Civil Veterinary Department. United Provinces 1923-31 - 1923-1931
Year: 1923
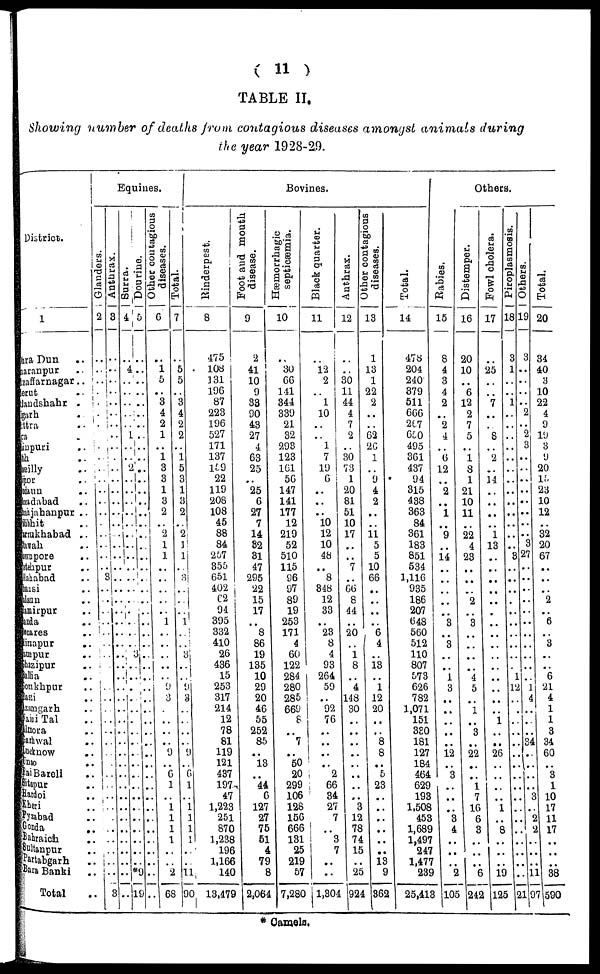
( 11 )
TABLE II.
Showing number of deaths from contagious diseases amongst animals
during
the year 1928-2,9.
District.
1
Dehra Dun ..
Saharanpur ..
Muzaffarnagar ..
Meerut .. ..
Bulandshahr ..
Aligarh ..
Muttra ..
Agra .. ..
Mainpuri ..
Etah ..
Bareilly ..
Bijnor ..
Budaun ..
Moradabad ..
Shahjahanpur ..
Pilibhit ..
Farrukhabad ..
Etawah ..
Cawnpore ..
Fatehpur ..
Allahabad ..
Jhansi ..
Jalaun ..
Hamirpur ..
Banda ..
Benares
Mirzapur ..
Jaunpur ...
Ghazipur ..
allia ..
Gorakhpur ..
Basti ..
Azamgarh ..
Naini Tal ..
Almora ..
Garhwal ..
Lucknow ..
Unao ..
Rae Bareli ..
Sitapur ..
Hardoi ..
Kheri ..
Fyzabad ..
Gonda ..
Bahraich ..
Sultanpur ..
Partabgarh ..
Bara Banki ..
Total ..
Equines.
Glanders.
2
..
..
..
..
..
..
..
..
..
..
..
..
..
..
..
..
..
..
..
..
..
..
..
..
..
..
..
.. ..
..
..
..
..
..
..
..
..
..
..
..
..
..
..
..
..
..
..
..
..
Anthrax.
3
..
..
..
..
..
..
..
..
..
..
..
..
..
..
..
..
..
..
..
.. 3
..
..
..
..
..
..
..
..
..
..
..
..
..
..
..
..
..
..
..
..
..
..
..
..
..
..
..
3
Surra.
4
..
4
..
..
..
..
..
1
..
..
2
..
..
..
..
..
..
..
..
.. ..
..
..
..
..
..
..
..
..
..
..
..
..
..
..
..
..
..
..
..
..
..
..
..
..
..
..
..
..
Dourine.
5
..
..
..
..
..
..
..
..
..
..
..
..
..
..
..
..
..
..
..
..
..
..
..
..
..
..
..
3
..
..
..
..
..
..
..
..
..
..
..
..
..
..
..
..
..
..
..
*9
19
Other contagious
diseases.
6
..
1
5
.. 3
4
2
1
.. 1
3
3
1
3
2
..
2
1
1
.. ..
..
..
..
..
..
..
..
..
..
9
3
..
..
..
..
9
..
6
1
..
..
..
..
..
..
..
.. 2
.. 68
Total.
7
..
5
5
.. 3
4
2
2
..
1
5
3
1
3
2
..
2
1
1
..
3
..
..
..
1
..
..
3
..
..
9
3
..
..
..
..
9
..
6
1
..
1
1
1
1
..
..
11
90
Bovines.
Rinderpest.
8
475
108
3 31
196
87
223
196
527
171
137
159
22
119
208
108
45
88
84
257
355
651
402
62
94
395
332
410
26
436
15
253
317
214
12
78
81
119
121
437
197
47
1,223
251
870
1,238
196
1,166
140
13,479
Foot and mouth
disease.
9
2
41
10
9
33
90
43
27
4
63
25
..
25
6
27
7
14
82
31
47
295
22
15
17
..
8
86
19
135
10
29
20
46
55
252
85
..
13
..
44
6
127
27
75
51
4
79
8
2,064
Hæmorrhagic
septicæmia.
10
..
30
66
141
344
339
21
32
293
123
161
56
147
141
177
12
219
52
510
115
96
97
89
19
253
171
4
60
122
284
280
285
669
8
..
7
..
50
20
299
106
128
156
666
131
25
219
57
7,280
Black quarter.
11
..
12
2
.. 1
10
..
..
1
7
19
6
..
..
..
10
12
10
48
.. 8
348
12
33
..
23
8
4
93
264
59
.. 92
76
..
..
..
..
2
66
34
27
7
..
3
7
..
..
1,304
Anthrax.
12
..
..
30
11
44
4
7
2
..
30
73
1
20
81
51
10
17
..
..
7
..
66
8
44
..
20
..
1
8
..
4
148
30
..
..
..
..
..
..
..
..
3
12
78
74
15
..
25
924
Other contagious
diseases.
13
1
13
1
22
2
..
..
62
26
1
..
9
4
2
..
..
11
5
5
10
66
..
..
..
..
6
4
.. 13
..
1
12
20
..
..
8
8
.. 5
23
..
..
..
..
..
..
13
9
362
Total.
14
478
204
240
379
511
666
267
650
495
361
437
94
315
438
363
84
361
183
851
534
1,116
935
186
207
648
560
512
110
807
573
626
782
1,071
151
380
181
127
184
464
629
193
1,508
453
1,689
1,497
247
l,477
239
25,413
Others.
Rabies.
15
8
4
3
4
2
..
2
4
..
6
12
..
2
..
1
..
9
..
14
..
..
..
..
..
3
..
3
..
..
1
3
..
..
..
..
..
12
..
3
..
1
..
3
4
..
..
..
2
105
Distemper.
16
20
10
..
6
12
2
7
5
..
1
8
1
21
10
11
..
22
4
23
..
..
..
2
..
3
..
..
..
..
4
5
..
1
.. 3
..
22
..
..
1
7
16
6
3
..
..
..
6
242
Fowl cholera.
17
..
25
..
..
7
..
..
8
..
2
..
14
..
..
..
..
1
13
..
.. ..
..
..
..
..
..
..
..
..
..
..
..
..
1
..
..
26
..
..
..
..
1
..
8
..
..
..
19
125
Piroplasmosis.
18
3
1
..
..
1
..
..
..
..
..
..
..
..
..
..
..
..
..
3
..
..
..
..
..
..
..
..
..
..
1
12
..
..
..
..
..
..
..
..
..
..
..
..
..
..
..
..
..
21
Ot her s.
19
3
..
..
..
..
2
..
2
3
..
..
..
.. 23
..
..
.. ..
..
3
27
.. ..
.. ..
.. ..
..
.. ..
..
.. ..
..
.. ..
.. ..
..
1
4
..
..
..
34
..
..
..
..
3
..
2
2
.. ..
.. ..
.. ..
11
97
Tot al .
20
34
40
3
10
22
4
9
19
3
9
20
15
10
12
32
20
67
2
6
3
6
21
4
1
1
3
34
60
3
1
10
17
11
17
38
590
* Camels.